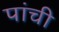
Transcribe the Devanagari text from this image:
पांची